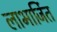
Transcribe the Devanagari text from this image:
लाभार्जित